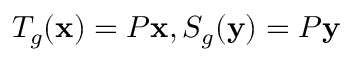
T _ { g } ( \mathbf { x } ) = P \mathbf { x } , S _ { g } ( \mathbf { y } ) = P \mathbf { y }